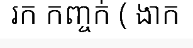
រក កញ្ចក់ ( ងាក